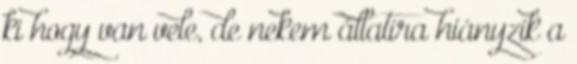
ki hogy van vele, de nekem állatira hiányzik a